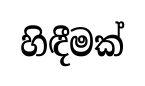
හිඳීමක්